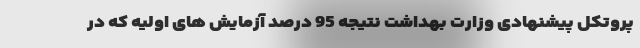
پروتکل پیشنهادی وزارت بهداشت نتیجه 95 درصد آزمایش های اولیه که در